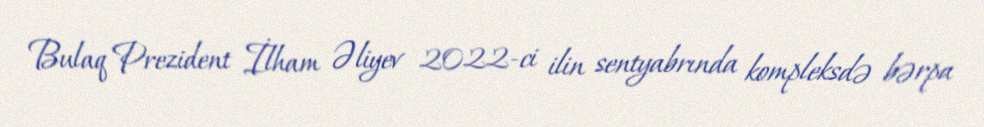
Bulaq Prezident İlham Əliyev 2022-ci ilin sentyabrında kompleksdə bərpa